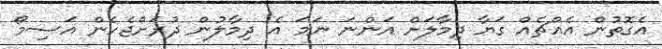
އެގޮތުން އެއްޗެއް ގަޔާ ދިމާލަށް އަންނަ ނަމަ އެ ދިމާލުން ދުރަށްޖެހެން އަސިމޯ